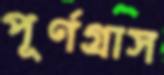
পূর্ণগ্রাস